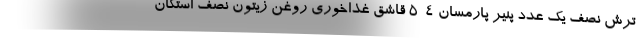
ترش نصف یک عدد پنیر پارمسان ۴-۵ قاشق غذاخوری روغن زیتون نصف استکان